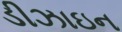
ડીઝાઇન